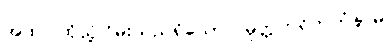
အထ၊ ထိုသို့ငြိမ်းသည်ရှိသော်။ မုတ္တဟရိတကံနာမ၊